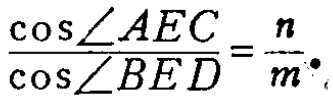
$\frac{\cos\angle AEC}{\cos\angle BED}=\frac{n}{m}.$